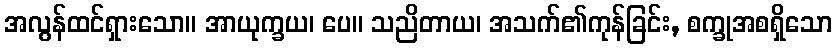
အလွန်ထင်ရှားသော။ အာယုက္ခယ၊ ပေ။ သညိတာယ၊ အသက်၏ကုန်ခြင်း, စက္ခုအစရှိသော